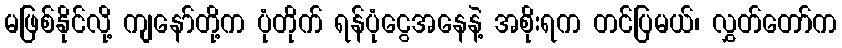
မဖြစ်နိုင်လို့ ကျနော်တို့က ပုံတိုက် ရန်ပုံငွေအနေနဲ့ အစိုးရက တင်ပြမယ်၊ လွှတ်တော်က